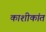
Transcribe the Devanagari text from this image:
काशीकांत